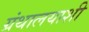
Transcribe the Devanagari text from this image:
ग्रंथालयाशी